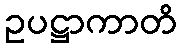
ဥပဋ္ဌာကာတိ